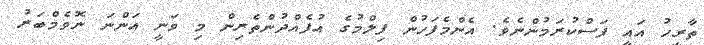
ތާރީހު އައީ ފަސްކުރަމުންނެވެ. އެންމެފަހުން ފިލްމުގެ އުފެއްދުންތެރިން މި ވަނީ އަންނަ ނޮވެމްބަރު